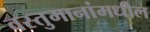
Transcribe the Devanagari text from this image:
वस्तुमानांमधील